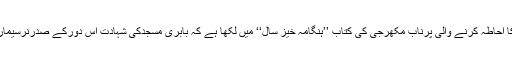
1980ء سے 1996ء کے دور کا احاطہ کرنے والی پرناب مکھرجی کی کتاب ’’ہنگامہ خیز سال‘‘ میں لکھا ہے کہ بابری مسجدکی شہادت اس دورکے صدرنرسیماراؤ کی سب سے بڑی ناکامی تھی۔